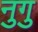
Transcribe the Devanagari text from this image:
नुगु